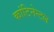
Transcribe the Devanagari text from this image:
कांटिनेन्टल